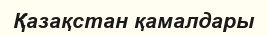
Қазақстан қамалдары